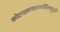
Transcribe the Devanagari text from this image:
कोदण्डचण्डशरसर्जितशत्रुजूर्तेः